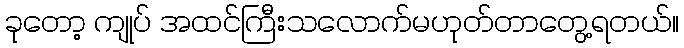
ခုတော့ ကျုပ် အထင်ကြီးသလောက်မဟုတ်တာတွေ့ရတယ်။